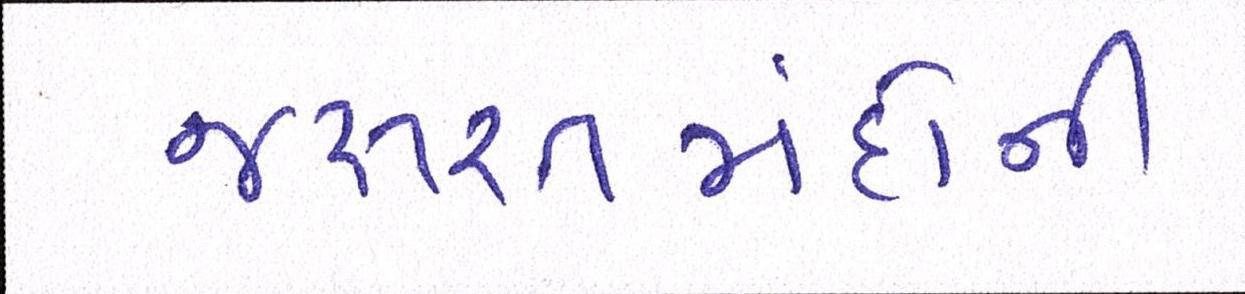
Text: જરૂરતમંદોની